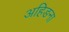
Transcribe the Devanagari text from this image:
अहिङना